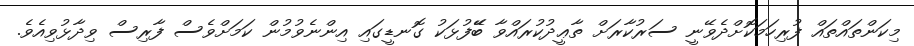
މިކަންތައްތައް ފުރިހަމަކޮށްދެވޭނީ ސަރުކާރަށް ތާޢީދުކުރައްވާ ބޭޭފުޅަކު ގޮނޑީގައި އިންނެވުމުން ކަމަށްވެސް ފާރިސް ވިދާޅުވިއެވެ.